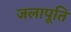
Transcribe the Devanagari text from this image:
जलापूति